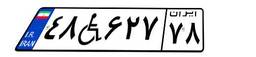
۲۱W۲۷۶۴۷